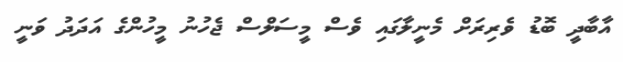
އާބާދީ ބޮޑު ވެރިރަށް މެނީލާގައި ވެސް މީސަލްސް ޖެހުނު މީހުންގެ އަދަދު ވަނީ